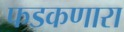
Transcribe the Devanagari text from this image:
फडकणारा